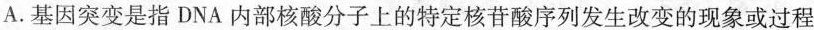
A.基因突变是指DNA内部核酸分子上的特定核苷酸序列发生改变的现象或过程